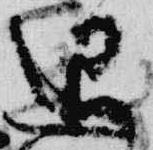
退